DOW-UAP-D48, Department of the Air Force Report, 1996
Agency: Department of War
Incident date: 9/10/96
Page 93
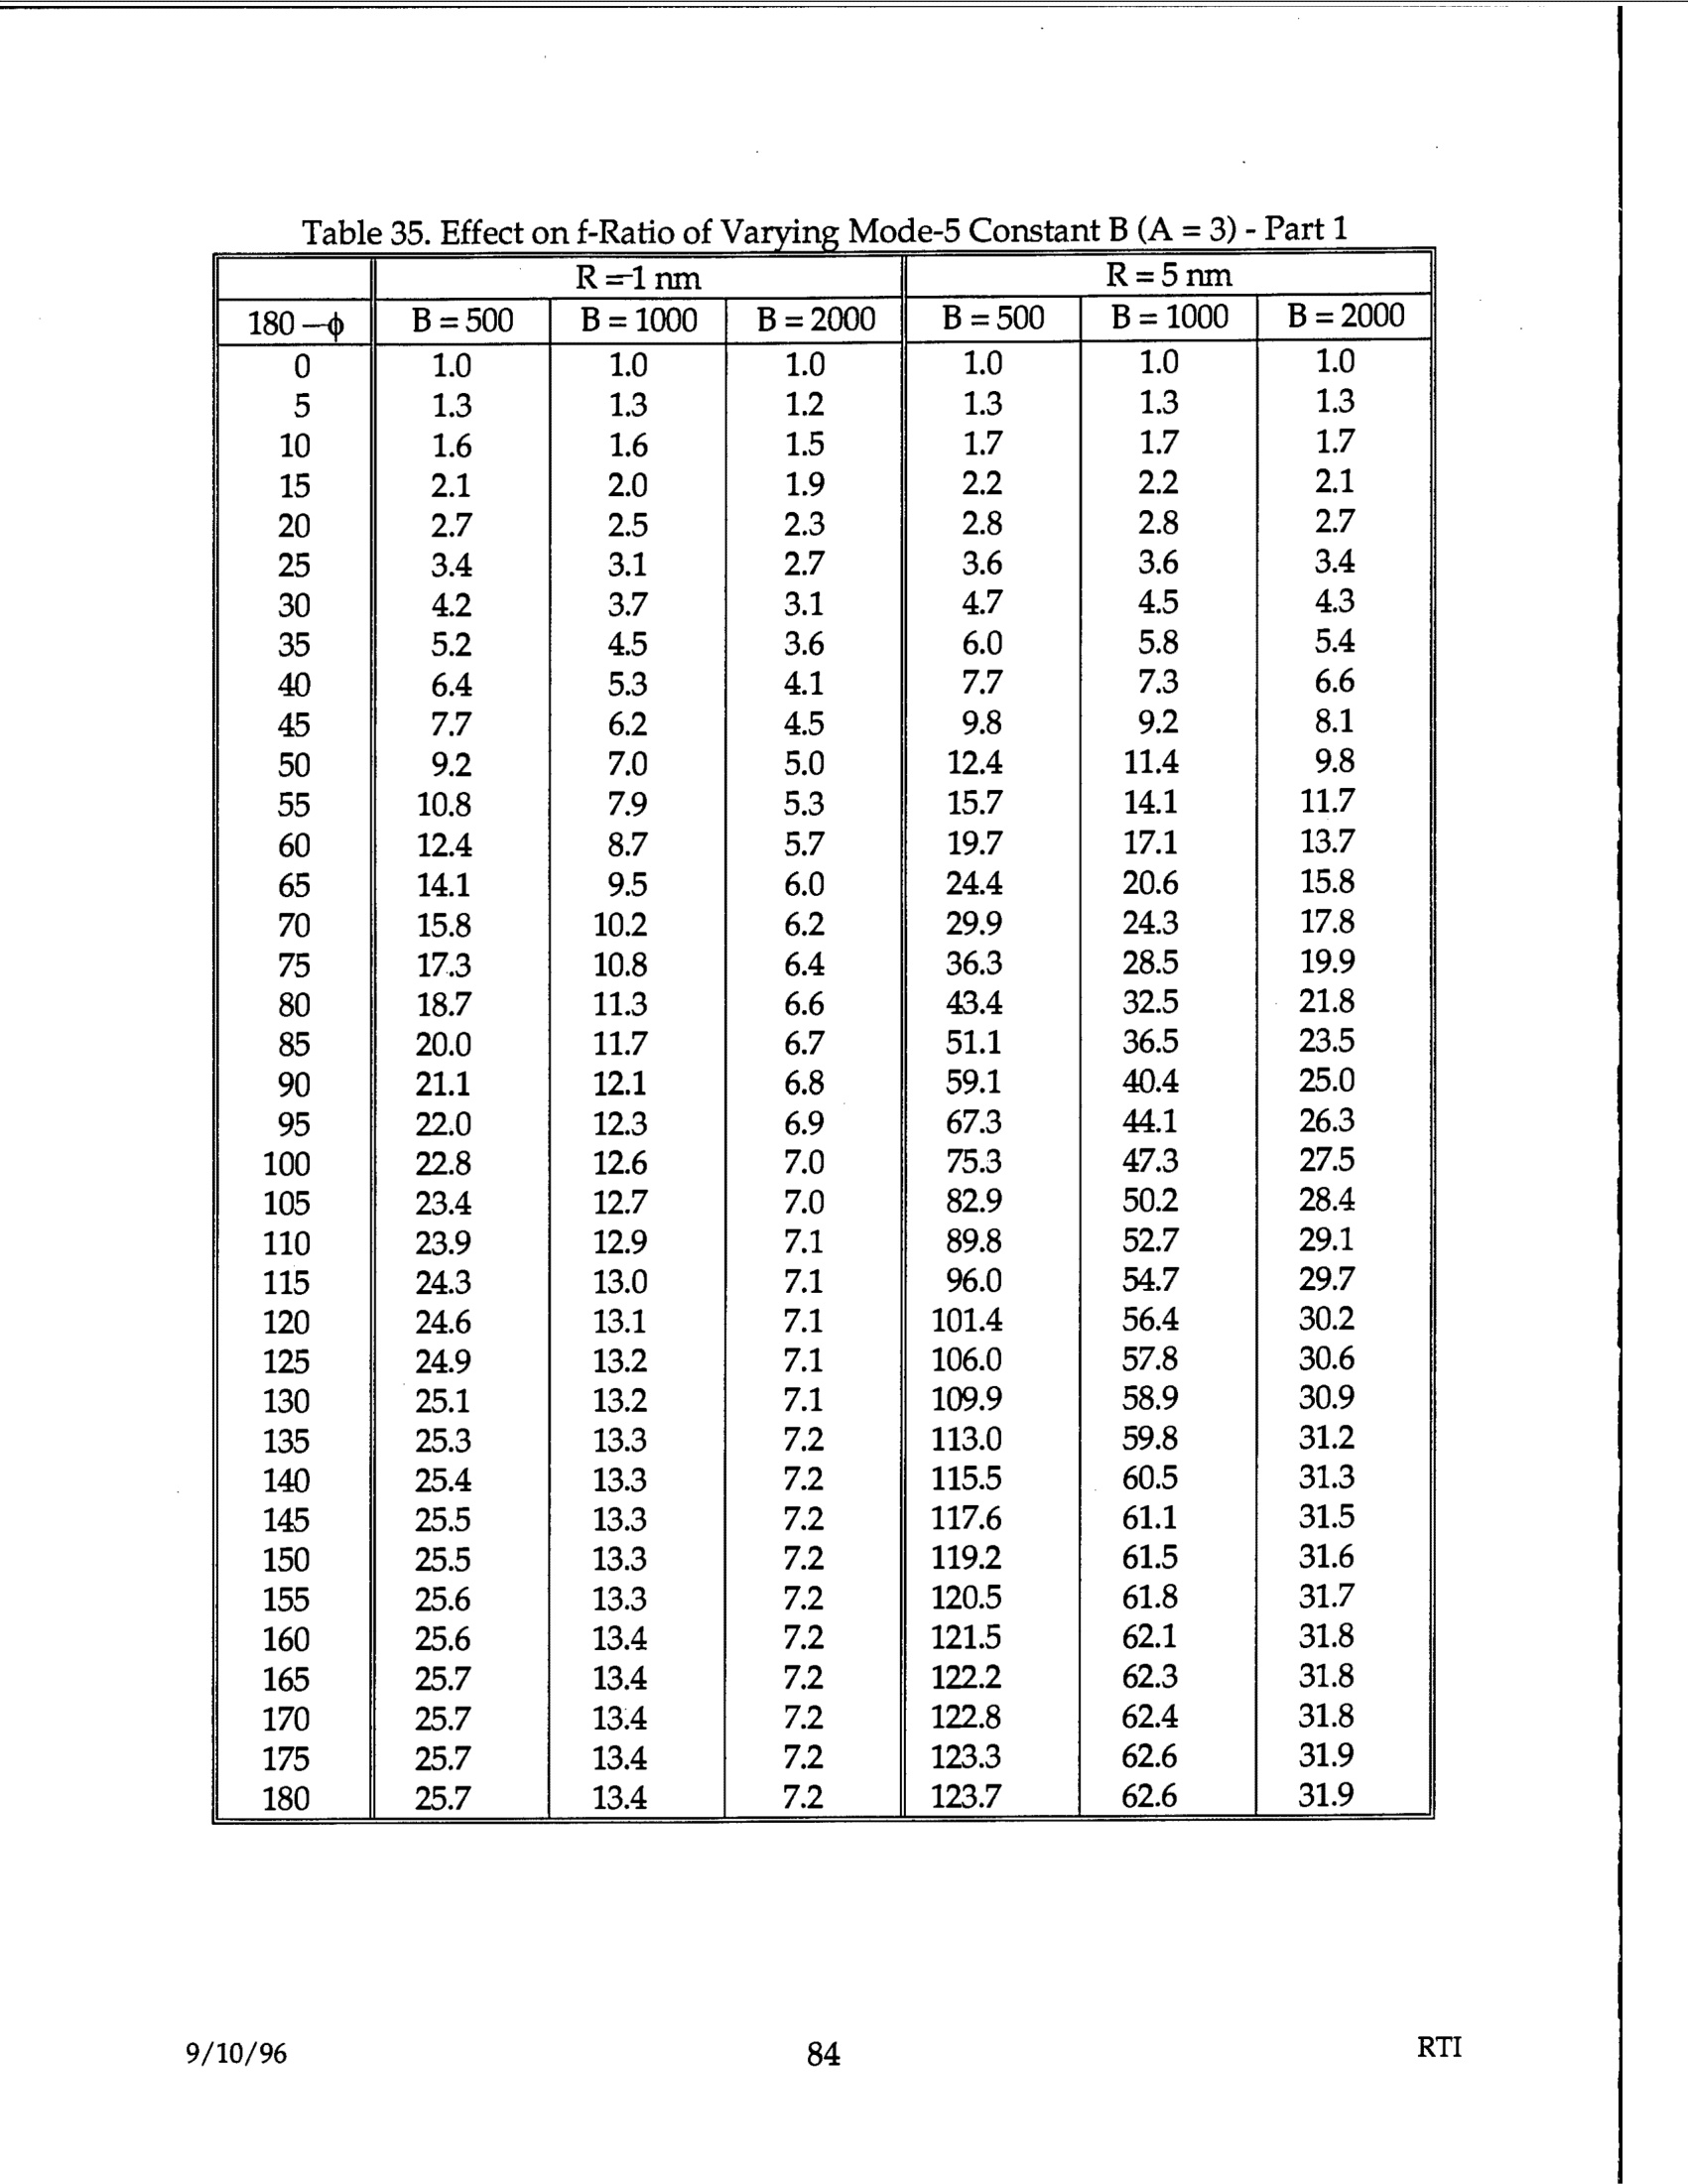